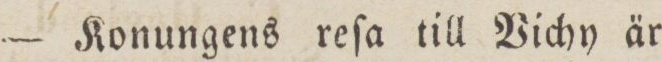
— Konungens reſa till Vichy är